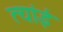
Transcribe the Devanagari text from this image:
त्यांई